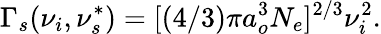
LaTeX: \Gamma_{s}(\nu_{i},\nu_{s}^{*})=[(4/3)\pi a_{o}^{3}N_{e}]^{2/3}\nu_{i}^{2}.